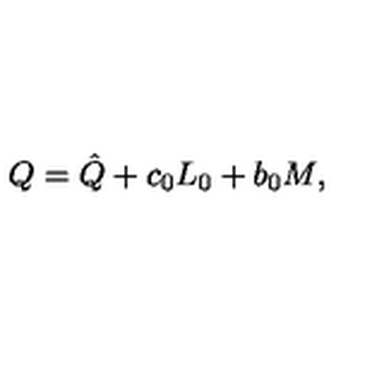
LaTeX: Q = \hat { Q } + c _ { 0 } L _ { 0 } + b _ { 0 } M ,